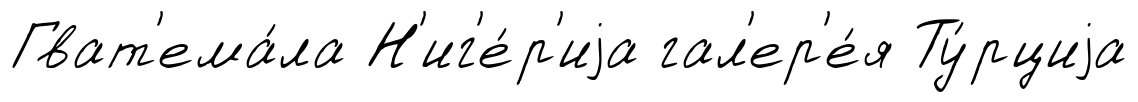
Гват'ема́ла Н'иг'е́р'иjа гал'ер'е́я Ту́рциjа